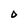
Character: O